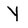
Character: y